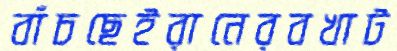
বাঁচছেইরানেরবখাট